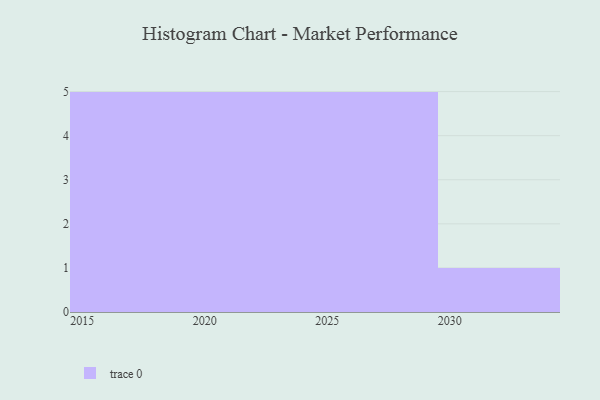
{"axis": {"x": "Year", "y": "Revenue (USD Million)"}, "legend": [""], "data": [{"x": "2018", "y": 18, "type": ""}, {"x": "2015", "y": 49, "type": ""}, {"x": "2022", "y": 79, "type": ""}, {"x": "2020", "y": 36, "type": ""}, {"x": "2024", "y": 69, "type": ""}, {"x": "2027", "y": 34, "type": ""}, {"x": "2025", "y": 32, "type": ""}, {"x": "2023", "y": 63, "type": ""}, {"x": "2028", "y": 80, "type": ""}, {"x": "2026", "y": 16, "type": ""}, {"x": "2017", "y": 80, "type": ""}, {"x": "2030", "y": 13, "type": ""}, {"x": "2016", "y": 32, "type": ""}, {"x": "2029", "y": 30, "type": ""}, {"x": "2021", "y": 23, "type": ""}, {"x": "2019", "y": 17, "type": ""}]}